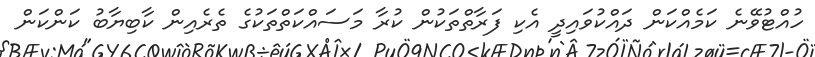
ހުއްޓުވޭނެ ކަމެއްކަން ދައްކުވައިދީ އެކި ފަރާތްތަކުން ކުރާ މަސައްކަތްތަކުގެ ތެރެއިން ކާބިޔާބު ކަންކަން